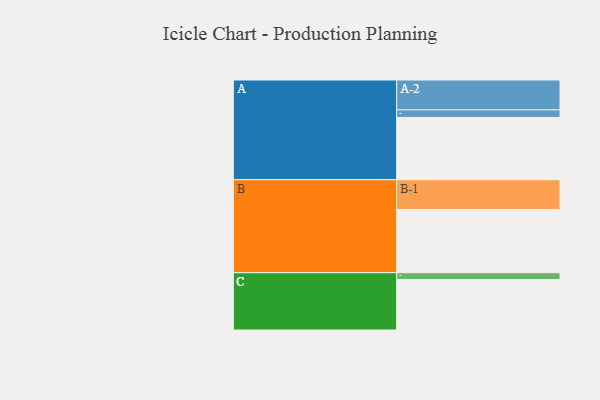
{"axis": {"x": "Segment", "y": "Value"}, "legend": ["", "A", "B", "C"], "data": [{"x": "A", "y": 586, "type": ""}, {"x": "B", "y": 594, "type": ""}, {"x": "C", "y": 475, "type": ""}, {"x": "A-1", "y": 71, "type": "A"}, {"x": "A-2", "y": 281, "type": "A"}, {"x": "B-1", "y": 281, "type": "B"}, {"x": "C-1", "y": 64, "type": "C"}]}